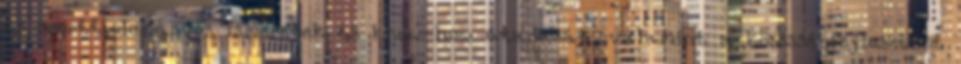
és sporttudományos ismeretek és know-how átadását, valamint a közösségfejlesztést